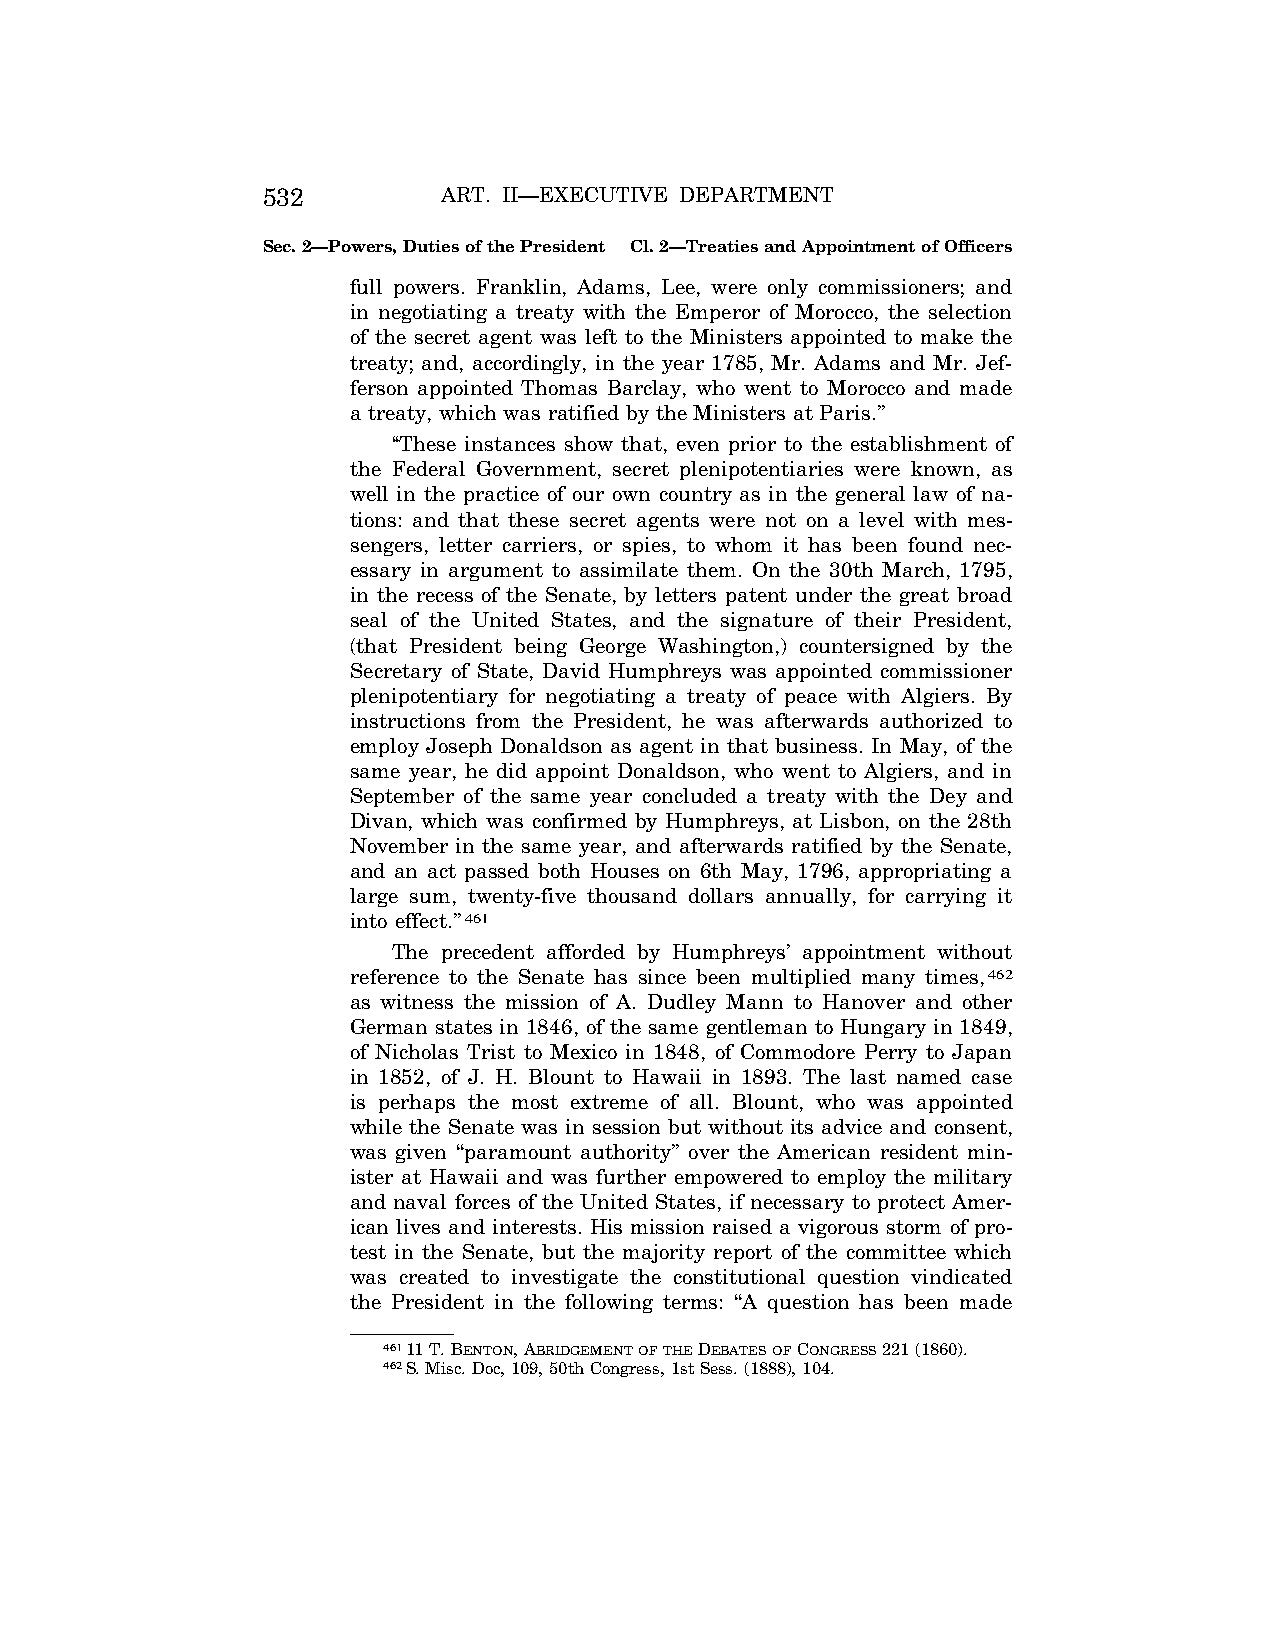
532         ART. II—EXECUTIVE DEPARTMENT
 Sec. 2—Powers, Duties of the President Cl. 2—Treaties and Appointment of Officers
 full powers. Franklin, Adams, Lee, were only commissioners; and
 in negotiating a treaty with the Emperor of Morocco, the selection
 of the secret agent was left to the Ministers appointed to make the
 treaty; and, accordingly, in the year 1785, Mr. Adams and Mr. Jef-
 ferson appointed Thomas Barclay, who went to Morocco and made
 a treaty, which was ratified by the Ministers at Paris.’’
 ‘‘These instances show that, even prior to the establishment of
 the Federal Government, secret plenipotentiaries were known, as
 well in the practice of our own country as in the general law of na-
 tions: and that these secret agents were not on a level with mes-
 sengers, letter carriers, or spies, to whom it has been found nec-
 essary in argument to assimilate them. On the 30th March, 1795,
 in the recess of the Senate, by letters patent under the great broad
 seal of the United States, and the signature of their President,
 (that President being George Washington,) countersigned by the
 Secretary of State, David Humphreys was appointed commissioner
 plenipotentiary for negotiating a treaty of peace with Algiers. By
 instructions from the President, he was afterwards authorized to
 employ Joseph Donaldson as agent in that business. In May, of the
 same year, he did appoint Donaldson, who went to Algiers, and in
 September of the same year concluded a treaty with the Dey and
 Divan, which was confirmed by Humphreys, at Lisbon, on the 28th
 November in the same year, and afterwards ratified by the Senate,
 and an act passed both Houses on 6th May, 1796, appropriating a
 large sum, twenty-five thousand dollars annually, for carrying it
 into effect.’’461
 The precedent afforded by Humphreys’ appointment without
 reference to the Senate has since been multiplied many times,462
 as witness the mission of A. Dudley Mann to Hanover and other
 German states in 1846, of the same gentleman to Hungary in 1849,
 of Nicholas Trist to Mexico in 1848, of Commodore Perry to Japan
 in 1852, of J. H. Blount to Hawaii in 1893. The last named case
 is perhaps the most extreme of all. Blount, who was appointed
 while the Senate was in session but without its advice and consent,
 was given ‘‘paramount authority’’ over the American resident min-
 ister at Hawaii and was further empowered to employ the military
 and naval forces of the United States, if necessary to protect Amer-
 ican lives and interests. His mission raised a vigorous storm of pro-
 test in the Senate, but the majority report of the committee which
 was created to investigate the constitutional question vindicated
 the President in the following terms: ‘‘A question has been made
 46111 T. BENTON, ABRIDGEMENTOFTHEDEBATESOFCONGRESS221 (1860).
 462S. Misc. Doc, 109, 50th Congress, 1st Sess. (1888), 104.
 VerDate Aug<04>2004 13:21 Oct 06, 2004 Jkt 077500 PO 00000 Frm 00100 Fmt 8222 Sfmt 8222 C:\CONAN\CON011.SGM PRFM99 PsN: CON011